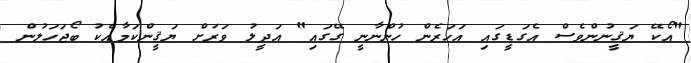
"އޯކޭ ޔަޤީނުންވެސް އެގަޑީގައި އަހަރެން ހުންނާނީ ގޭގައި" އަދީލު ވަރަށް ޔަޤީންކަމާއެކު ބޯޖަހަލުން